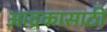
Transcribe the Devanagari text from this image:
आद्रकासाठी